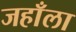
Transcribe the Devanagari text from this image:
जहाँला